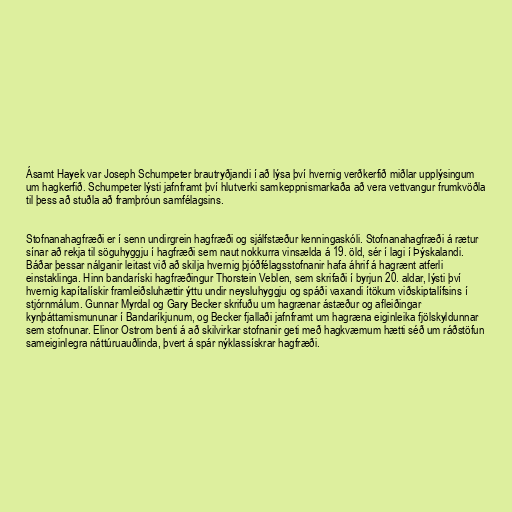
Ásamt Hayek var Joseph Schumpeter brautryðjandi í að lýsa því hvernig verðkerfið miðlar upplýsingum
um hagkerfið. Schumpeter lýsti jafnframt því hlutverki samkeppnismarkaða að vera vettvangur frumkvöðla
til þess að stuðla að framþróun samfélagsins.

Stofnanahagfræði er í senn undirgrein hagfræði og sjálfstæður kenningaskóli. Stofnanahagfræði á rætur
sínar að rekja til söguhyggju í hagfræði sem naut nokkurra vinsælda á 19. öld, sér í lagi í Þýskalandi.
Báðar þessar nálganir leitast við að skilja hvernig þjóðfélagsstofnanir hafa áhrif á hagrænt atferli
einstaklinga. Hinn bandaríski hagfræðingur Thorstein Veblen, sem skrifaði í byrjun 20. aldar, lýsti því
hvernig kapítalískir framleiðsluhættir ýttu undir neysluhyggju og spáði vaxandi ítökum viðskiptalífsins í
stjórnmálum. Gunnar Myrdal og Gary Becker skrifuðu um hagrænar ástæður og afleiðingar
kynþáttamismununar í Bandaríkjunum, og Becker fjallaði jafnframt um hagræna eiginleika fjölskyldunnar
sem stofnunar. Elinor Ostrom benti á að skilvirkar stofnanir geti með hagkvæmum hætti séð um ráðstöfun
sameiginlegra náttúruauðlinda, þvert á spár nýklassískrar hagfræði.